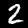
Digit: 2